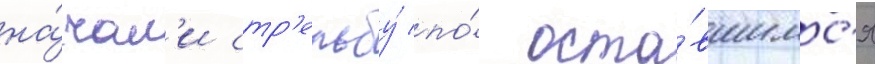
на́чал'и стр'ельбу́ по́ оста́вшимс'я